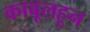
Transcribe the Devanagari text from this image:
काबूलहून